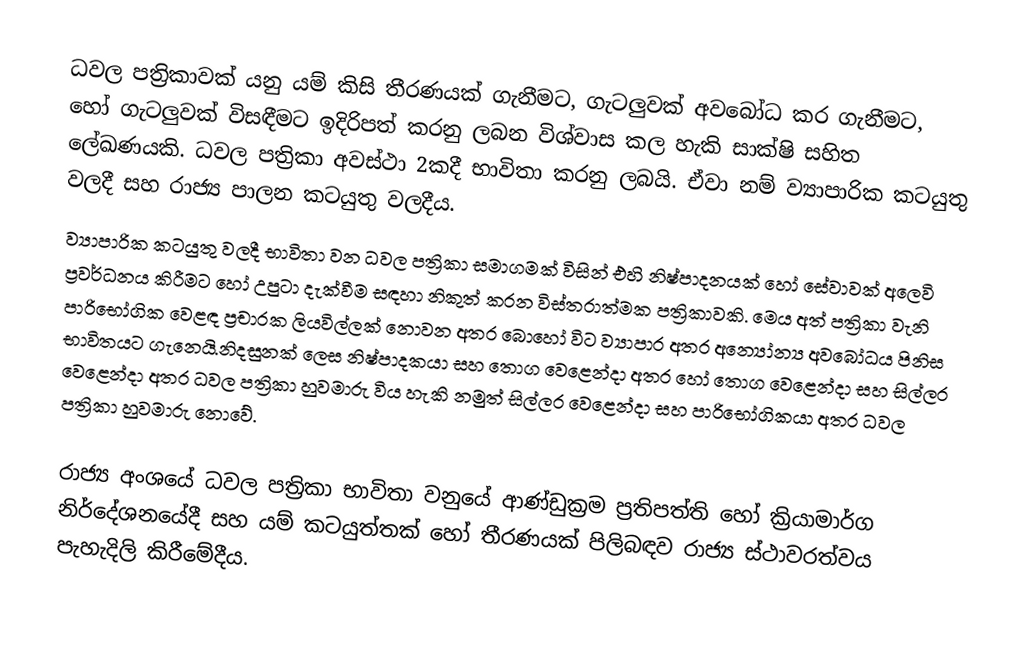
ධවල පත්‍රිකාවක් යනු යම් කිසි තීරණයක් ගැනීමට, ගැටලුවක් අවබෝධ  කර ගැනීමට, හෝ ගැටලුවක් විසඳීමට ඉදිරිපත් කරනු ලබන විශ්වාස කල හැකි සාක්ෂි සහිත ලේඛණයකි. ධවල පත්‍රිකා අවස්ථා 2කදී භාවිතා කරනු ලබයි. ඒවා නම් ව්‍යාපාරික කටයුතු වලදී සහ රාජ්‍ය පාලන කටයුතු වලදීය.
ව්‍යාපාරික කටයුතු වලදී භාවිතා වන ධවල පත්‍රිකා සමාගමක් විසින් එහි නිෂ්පාදනයක් හෝ සේවාවක් අලෙවි ප්‍රවර්ධනය කිරීමට හෝ උපුටා දැක්වීම සඳහා නිකුත් කරන විස්තරාත්මක පත්‍රිකාවකි. මෙය අත් පත්‍රිකා වැනි පාරිභෝගික වෙළඳ ප්‍රචාරක ලියවිල්ලක් නොවන අතර බොහෝ විට ව්‍යාපාර අතර අන්‍යෝන්‍ය අවබෝධය පිනිස භාවිතයට ගැනෙයි.නිදසුනක් ලෙස නිෂ්පාදකයා සහ තොග වෙළෙන්දා අතර හෝ තොග වෙළෙන්දා සහ සිල්ලර වෙළෙන්දා අතර ධවල පත්‍රිකා හුවමාරු විය හැකි නමුත් සිල්ලර වෙළෙන්දා සහ පාරිභෝගිකයා අතර ධවල පත්‍රිකා හුවමාරු නොවේ.

රාජ්‍ය අංශයේ ධවල පත්‍රිකා භාවිතා වනුයේ ආණ්ඩුක්‍රම ප්‍රතිපත්ති හෝ ක්‍රියාමාර්ග නිර්දේශනයේදී සහ යම් කටයුත්තක් හෝ තීරණයක් පිලිබඳව රාජ්‍ය ස්ථාවරත්වය පැහැදිලි කිරීමේදීය.